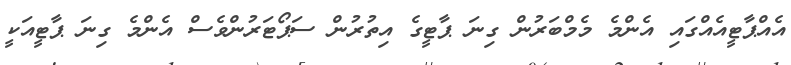
އެއްޕާޓީއެއްގައި އެންމެ މެމްބަރުން ގިނަ ޕާޓީގެ އިތުރުން ސަޕޯޓަރުންވެސް އެންމެ ގިނަ ޕާޓީއަކީ